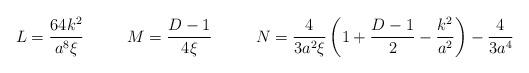
LaTeX: \begin{align*}L= \frac{64 k^2 }{a^8 \xi } \ \ \ \ \ \ \ \ M=\frac{D-1}{4\xi } \ \ \ \ \ \ \ \ N=\frac{4}{3a^2 \xi } \left( 1+\frac{D-1}{2}-\frac{k^2 }{a^2 } \right)-\frac{4}{3a^4 }\end{align*}